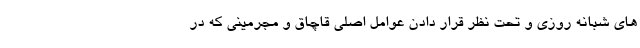
های شبانه روزی و تحت نظر قرار دادن عوامل اصلی قاچاق و مجرمینی که در